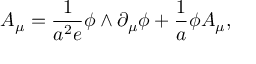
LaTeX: A _ { \mu } = \frac { 1 } { a ^ { 2 } e } \phi \wedge \partial _ { \mu } \phi + \frac { 1 } { a } \phi A _ { \mu } ,